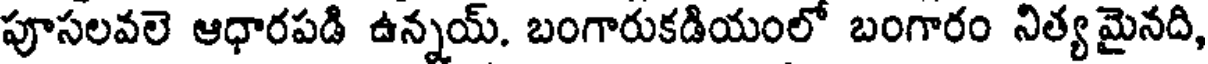
పూసలవలె ఆధారపడి ఉన్నయ్. బంగారుకడియంలో బంగారం నిత్య మైనది,